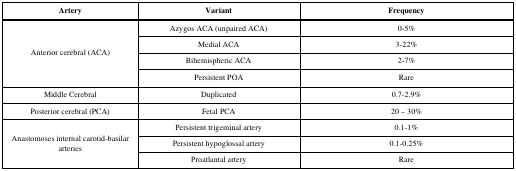
<table><thead><tr><td><b>Artery</b></td><td><b>Variant</b></td><td><b>Frequency</b></td></tr></thead><tbody><tr><td rowspan="4">Anterior cerebral (ACA)</td><td>Azygos ACA (unpaired ACA)</td><td>0-5%</td></tr><tr><td>Medial ACA</td><td>3-22%</td></tr><tr><td>Bihemispheric ACA</td><td>2-7%</td></tr><tr><td>Persistent POA</td><td>Rare</td></tr><tr><td>Middle Cerebral</td><td>Duplicated</td><td>0.7-2.9%</td></tr><tr><td>Posterior cerebral (PCA)</td><td>Fetal PCA</td><td>20 – 30%</td></tr><tr><td rowspan="3">Anastomoses internal carotid-basilar arteries</td><td>Persistent trigeminal artery</td><td>0.1-1%</td></tr><tr><td>Persistent hypoglossal artery</td><td>0.1-0.25%</td></tr><tr><td>Proatlantal artery</td><td>Rare</td></tr></tbody></table>